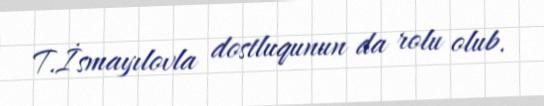
T.İsmayılovla dostluqunun da rolu olub.